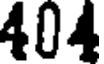
404